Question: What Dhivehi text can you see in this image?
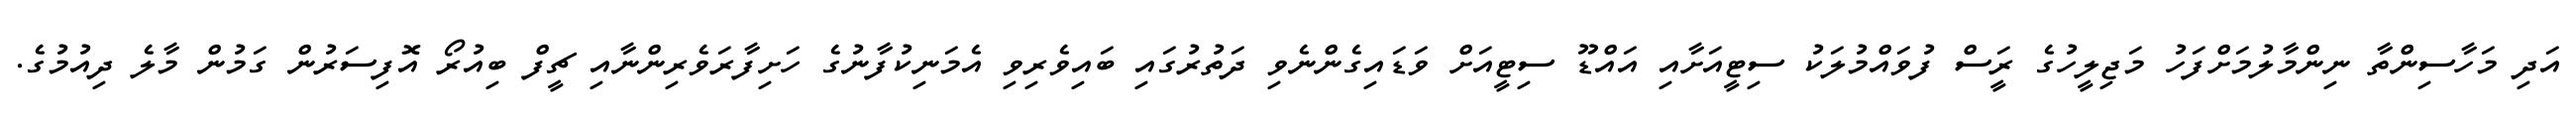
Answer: އަދި މަހާސިންތާ ނިންމާލުމަށްފަހު މަޖިލީހުގެ ރަީސް ފުވައްމުލަކު ސިޓީއަށާއި އައްޑޫ ސިޓީއަށް ވަޑައިގެންނެވި ދަތުރުގައި ބައިވެރިވި އެމަނިކުފާނުގެ ހަށިފާރަވެރިންނާއި ޗީފް ބިއުރޯ އޮފިސަރުން ގަމުން މާލެ ދިއުމުގެ.